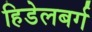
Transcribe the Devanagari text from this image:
हिडेलबर्ग